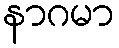
နာဂမာ